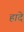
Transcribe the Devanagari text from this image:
हादे